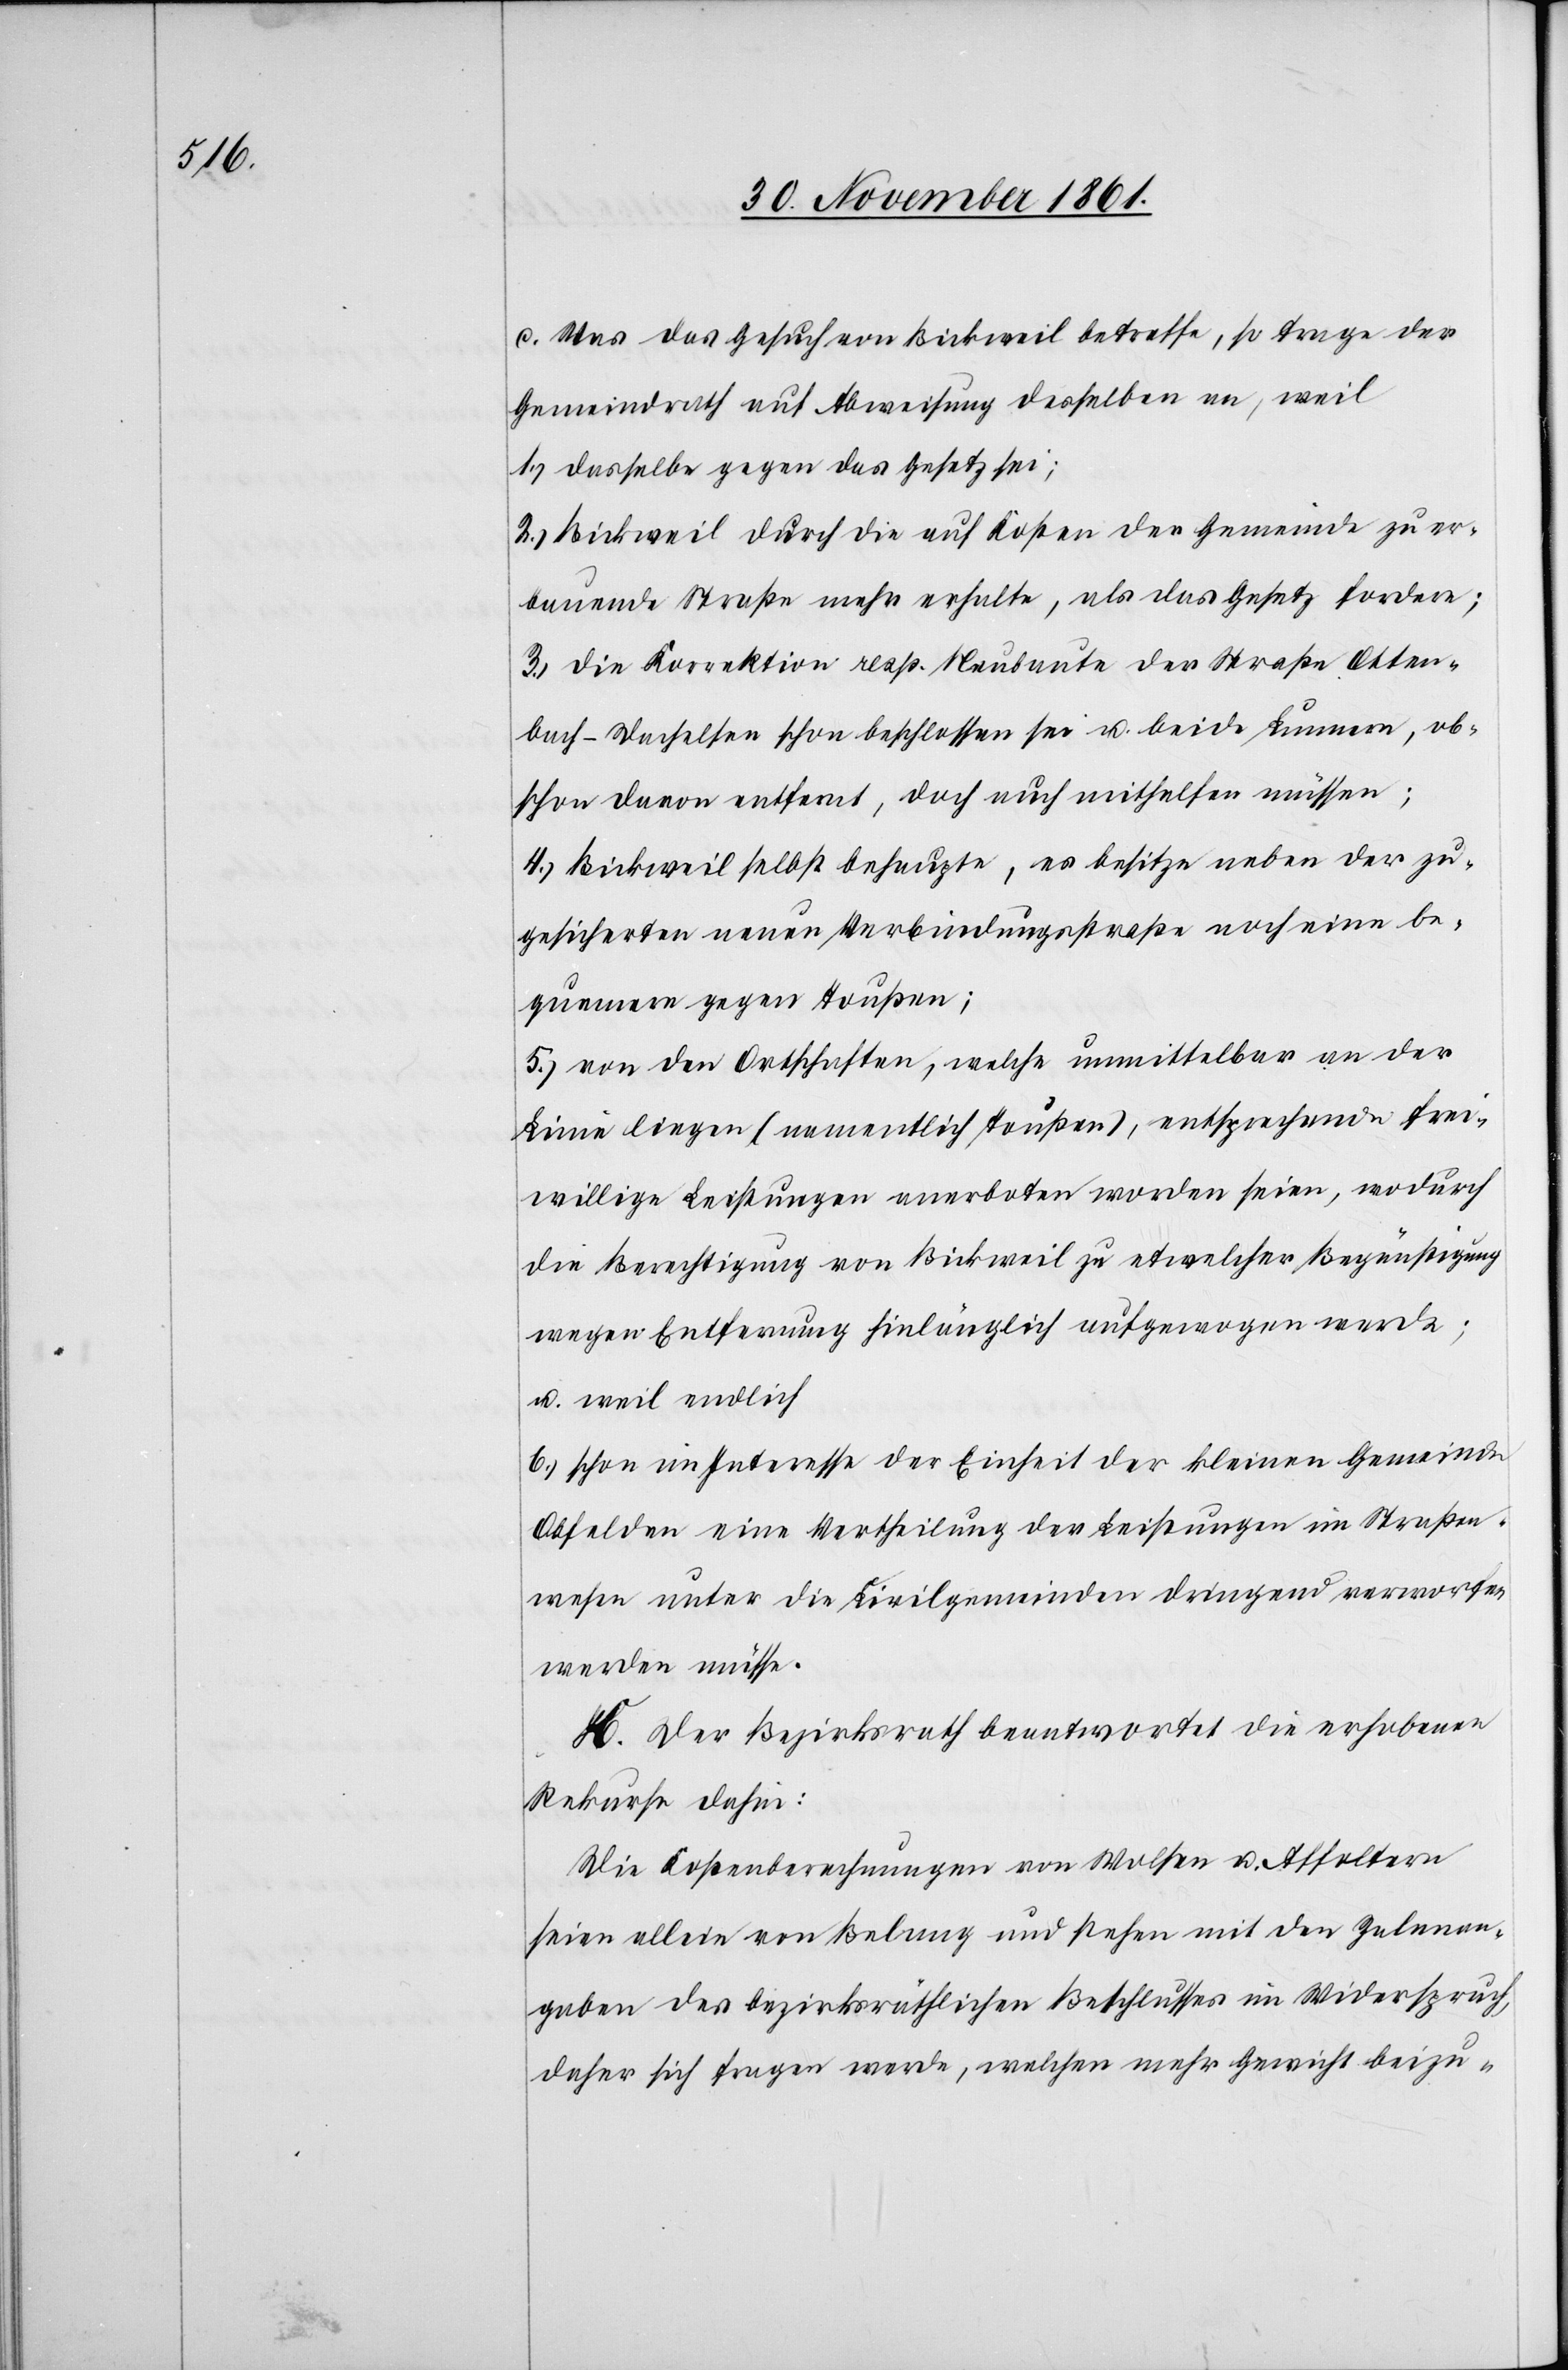
c. Was das Gesuch von Bickweil betreffe, so trage der
Gemeindrath auf Abweisung desselben an, weil
1.) dasselbe gegen das Gesetz sei;
2.) Bickweil durch die auf Kosten der Gemeinde zu er¬
bauende Straße mehr erhalte, als das Gesetz fordere;
3.) die Korrektion resp. Neubaute der Straße Otten¬
bach-Dachelsen schon beschlossen sei u. beide Lunnern, ob¬
schon davon entfernt, doch auch mithelfen müssen;
4.) Bickweil selbst behaupte, es besitze neben der zu¬
gesicherten neuen Verbindungsstraße noch eine be¬
quemere gegen Toußen;
5.) von den Ortschaften, welche unmittelbar an der
Linie liegen (namentlich Toußen), entsprechend frei¬
willige Leistungen anerboten worden seien, wodurch
die Berechtigung von Bickweil zu etwelcher Begünstigung
wegen Entfernung hinlänglich aufgewogen werde;
u. weil endlich
6.) schon im Interesse der Einheit der kleinen Gemeinde
Obfelden eine Vertheilung der Leistungen im Straßen¬
wesen unter die Civilgemeinden dringend verworfen
werden müsse.
K. Der Bezirksrath beantwortet die erhobenen
Rekurse dahin:
Die Kostenberechnungen von Wolsen u. Affoltern
seien allein von Belang und stehen mit den Zalenan¬
gaben des bezirksräthlichen Beschlusses im Widerspruch,
daher sich fragen werde, welchen mehr Gewicht beizu-